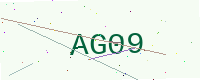
Text: AG09